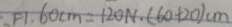
F 1 . 6 0 c m = 1 2 0 N . ( 6 0 + 2 0 ) c m